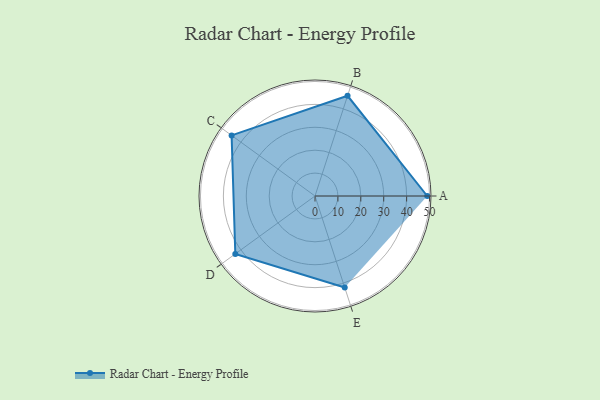
{"axis": {"x": "Skill", "y": "Score"}, "legend": ["Profile"], "data": [{"x": "A", "y": 49.0, "type": "Profile"}, {"x": "B", "y": 46.0, "type": "Profile"}, {"x": "C", "y": 45.0, "type": "Profile"}, {"x": "D", "y": 43.0, "type": "Profile"}, {"x": "E", "y": 42.0, "type": "Profile"}]}